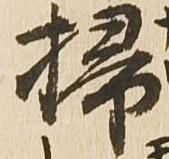
掃